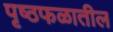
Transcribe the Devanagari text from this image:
पृष्ठफळातील